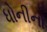
ધોનીનો